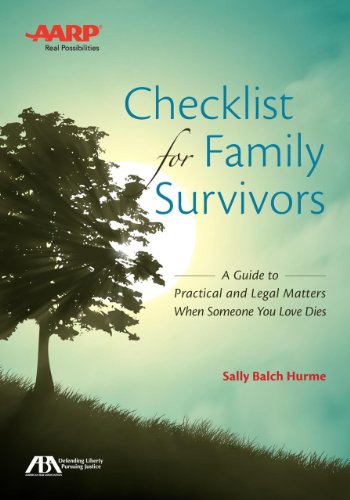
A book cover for ABA/AARP Checklist for Family Survivors: A Guide to Practical and Legal Matters When Someone You Love Dies; Sally  Balch Hurme; Self-Help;